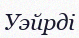
Уэйрді